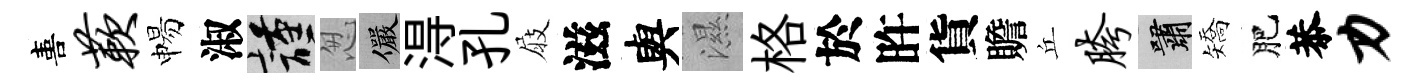
喜蔌惕淑謹怱儼淂孔屐滋與濕格於旿貨贍丘胯嘯矯肥恭力